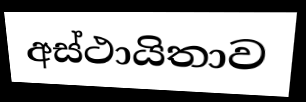
අස්ථායිතාව